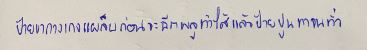
ป้ายขากางเกงแผล็บก่อนจะฉีกพลูทำไส้แล้วป้ายปูนทาจนทั่ว